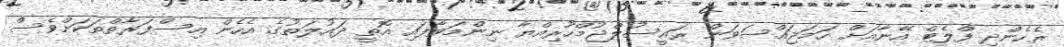
ރެހެންދި ފްލެޓް އޭނާއަށް ހަމަޖައްސަވަން ރައީސުލްޖުމްހޫރިއްޔާ ނިންމަވާފައި އޮތީ ދައުލަތުގެ އެހެން އިސްފަރާތްތަކަށްވެސް